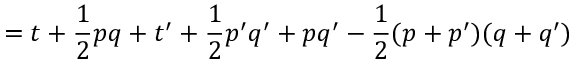
= t + { \frac { 1 } { 2 } } p q + t ^ { \prime } + { \frac { 1 } { 2 } } p ^ { \prime } q ^ { \prime } + p q ^ { \prime } - { \frac { 1 } { 2 } } ( p + p ^ { \prime } ) ( q + q ^ { \prime } )